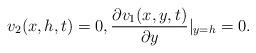
LaTeX: \begin{align*} v_2(x, h, t) =0, \frac{\partial v_1(x, y, t)}{\partial y}\vert_{y=h}=0.\end{align*}